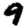
Digit: 9